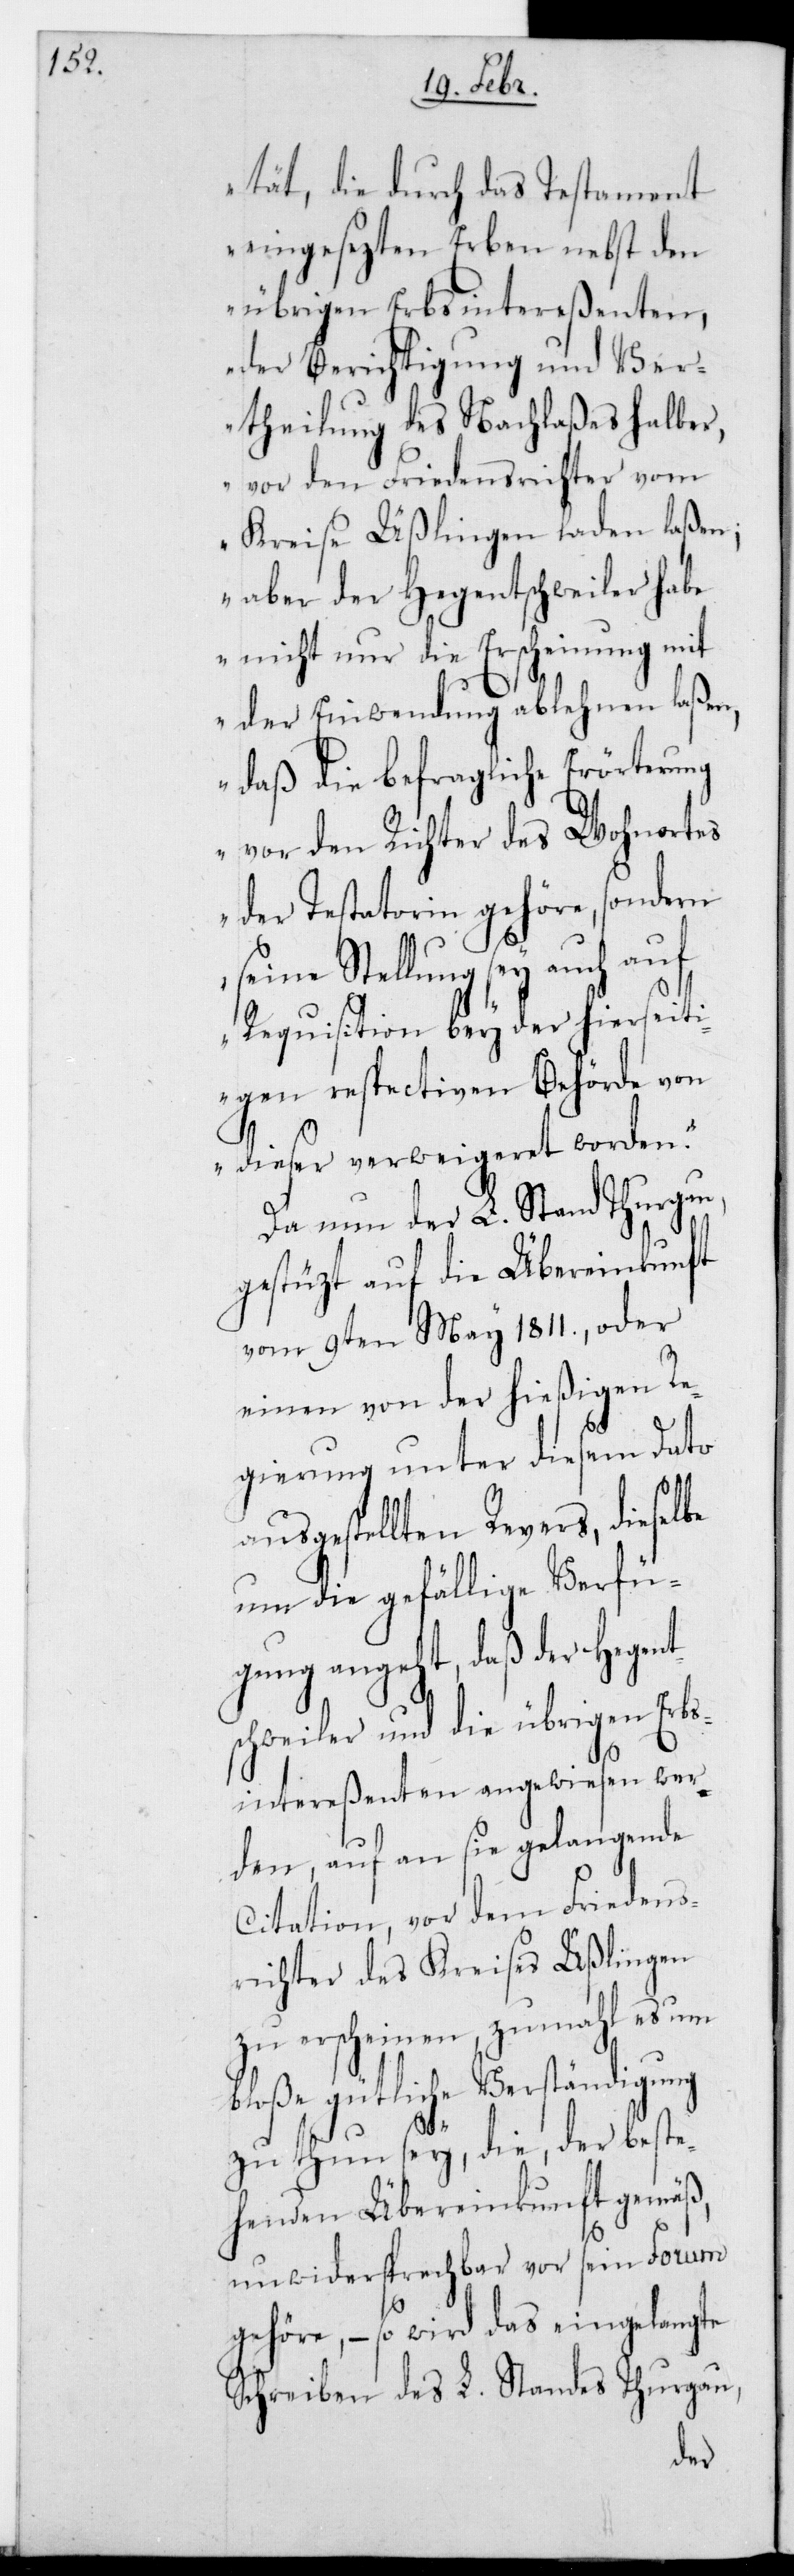
tät, die durch das Testament
eingesezten Erben nebst den
übrigen Erbsintereßenten,
der Berichtigung und Ver¬
theilung des Nachlaßes halber,
vor den Friedensrichter vom
Kreise Üßlingen laden laßen;
aber der Hegentschweiler habe
nicht nur die Erscheinung mit
der Einwendung ablehnen laßen,
daß die befragliche Erörterung
vor den Richter des Wohnortes
der Testatorin gehöre, sondern
seine Stellung sey auch auf
Requisition bey der hierseiti¬
gen respectiven Behörde von
dieser verweigeret worden“.
Da nun der L. Stand Thurgau,
gestüzt auf die Übereinkunft
vom 9ten May 1811., oder
einem von der hießigen Re¬
gierung unter diesem Dato
ausgestellten Revers, diesel¬
um die gefällige Verfü¬
gung angeht, daß der Hegent¬
schweiler und die übrigen Erbs¬
intereßenten angewiesen wer¬
den, auf an sie gelangende
Citaton, vor dem Friedens¬
richter des Kreises Üßlingen
zu erscheinen, zumahl es um
bloße gütliche Verständigung
zu thun sey, die der beste¬
henden Übereinkunft gemäß,
unwidersprechbar vor sein Forum
gehöre, – so wird das eingelangte
Schreiben des L. Standes Thurgau,
be